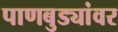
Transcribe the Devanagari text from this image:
पाणबुड्यांवर